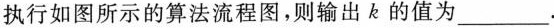
执行如图所示的算法流程图，则输出k的值为___.